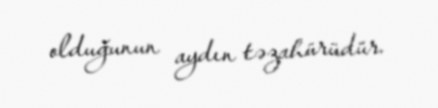
olduğunun aydın təzahürüdür.